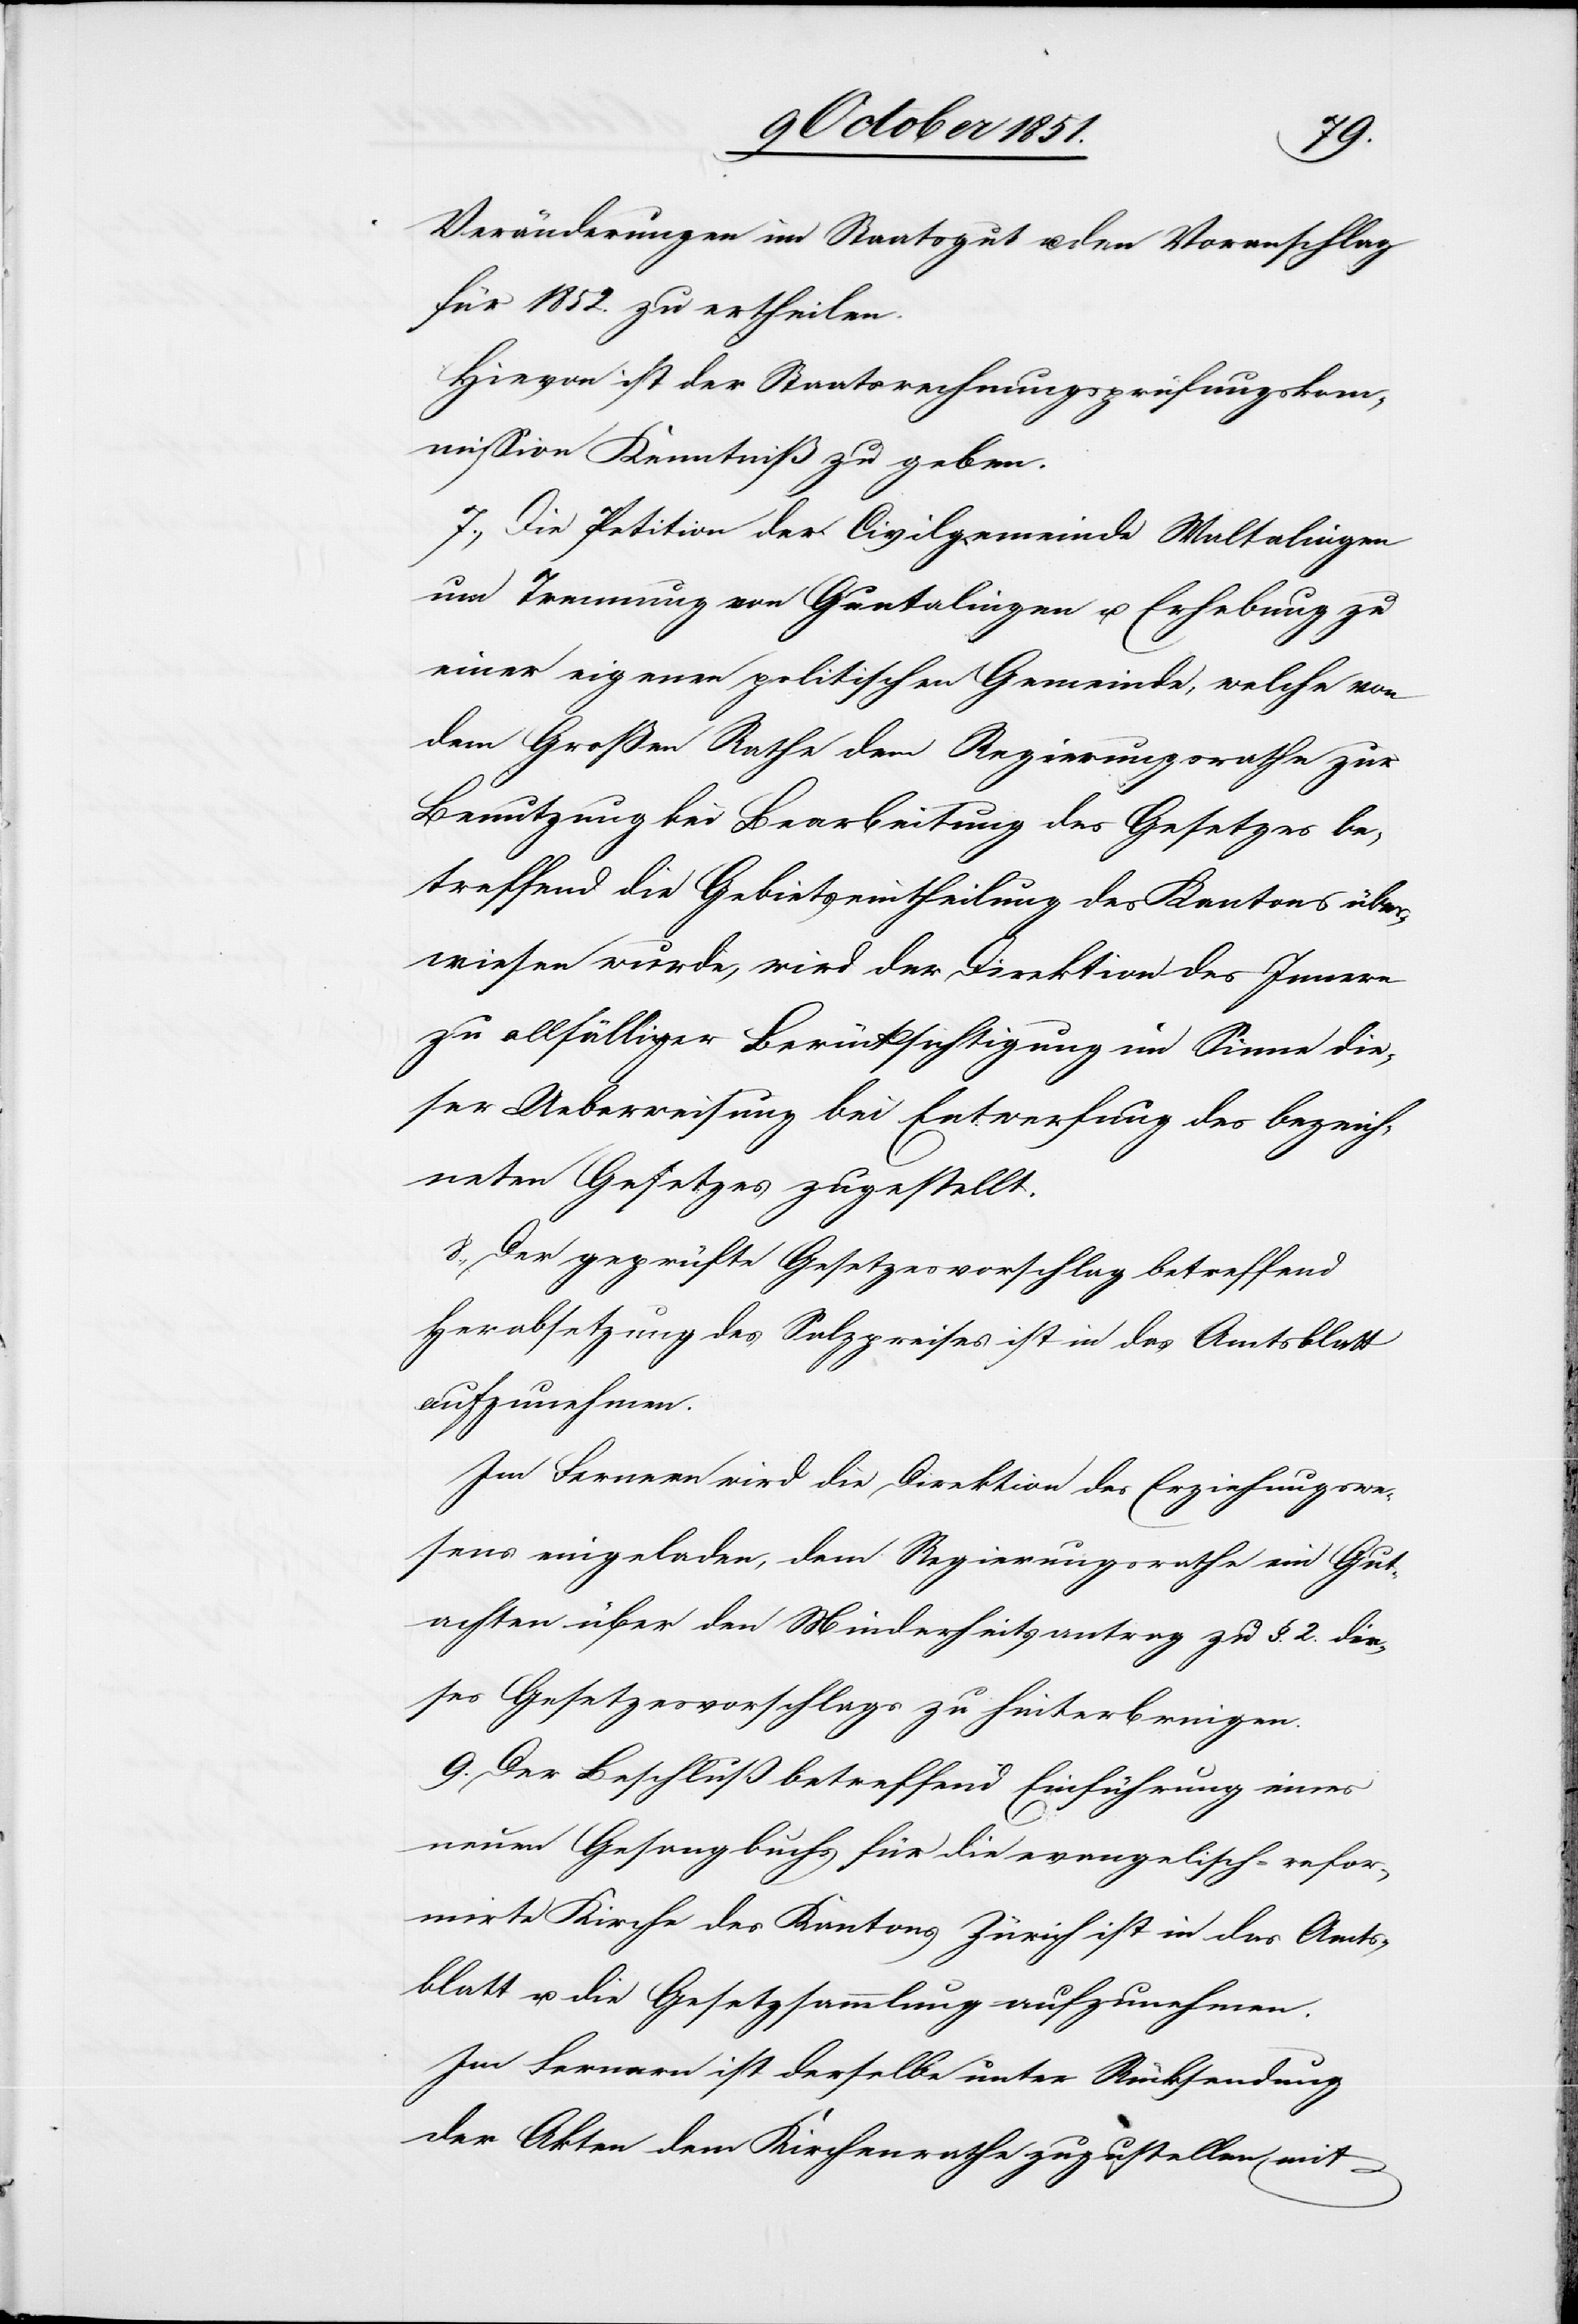
Veränderungen im Staatsgut u. den Voranschlag
für 1852. zu ertheilen.
Hievon ist der Staatsrechnungsprüfungskom¬
mission Kenntniß zu geben.
7., Die Petition der Civilgemeinde Waltalingen
um Trennung von Guntalingen u. Erhebung zu
einer eigenen politischen Gemeinde, welche von
dem Großen Rathe dem Regierungsrathe zur
Benutzung bei Bearbeitung des Gesetzes be¬
treffend die Gebietseintheilung des Kantons über¬
wiesen wurde, wird der Direktion des Innern
zu allfälliger Berücksichtigung im Sinne die¬
ser Ueberweisung bei Entwerfung des bezeich¬
neten Gesetzes zugestellt.
8., Der geprüfte Gesetzesvorschlag betreffend
Herabsetzung des Salzpreises ist in das Amtsblatt
aufzunehmen.
Im Fernern wird die Direktion des Erziehungswe¬
sens eingeladen, dem Regierungsrathe ein Gut¬
achten über den Minderheitsantrag zu §. 2. die¬
ses Gesetzesvorschlags zu hinterbringen.
9. Der Beschluß betreffend Einführung eines
neuen Gesangbuchs für die evangelisch-refor¬
mirte Kirche des Kantons Zürich ist in das Amts¬
blatt u. die Gesetzsammlung aufzunehmen.
Im Fernern ist derselbe unter Rücksendung
der Akten dem Kirchenrathe zuzustellen mit